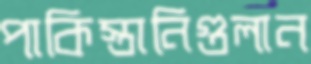
পাকিস্তানিগুলান